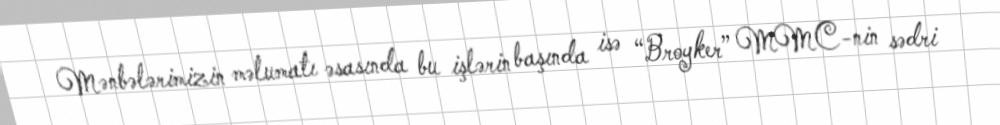
Mənbələrimizin məlumatı əsasında bu işlərin başında isə “Broyker” MMC-nin sədri